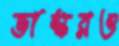
ভাস্করও